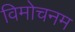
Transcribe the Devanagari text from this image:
विमोचनम